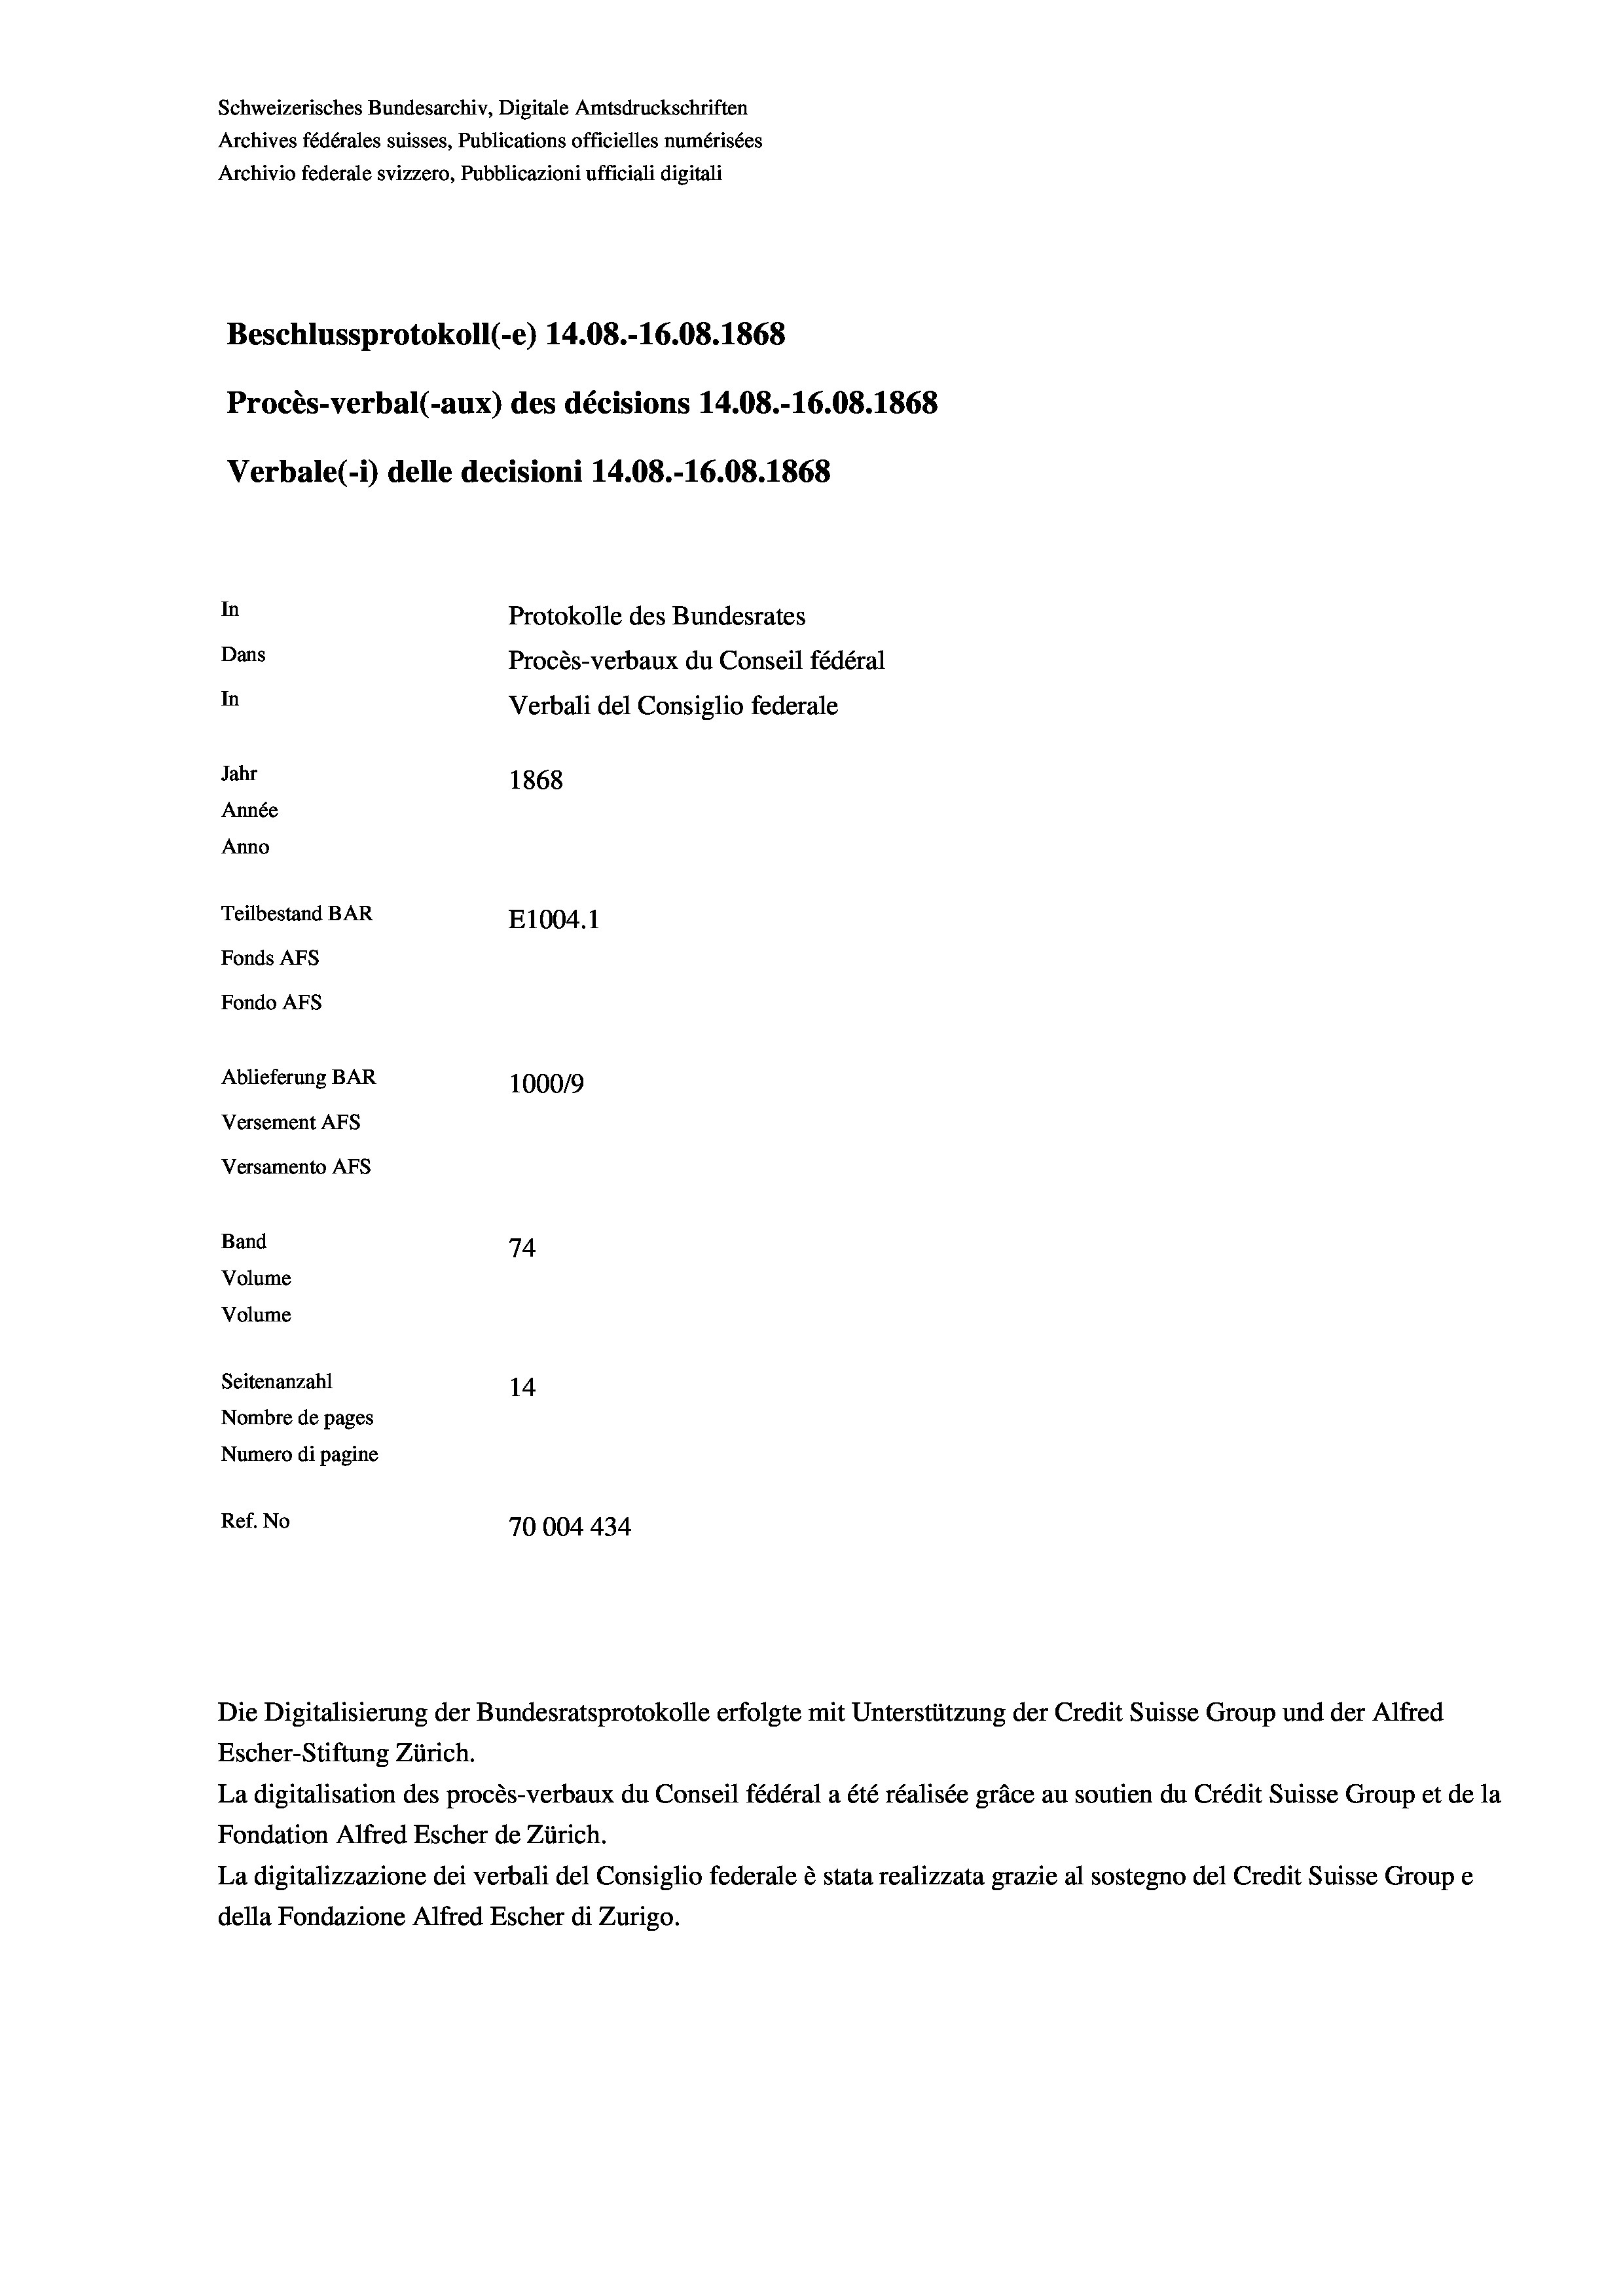
Schweizerisches Bundesarchiv, Digitale Amtsdruckschriften
Archives fédérales suisses, Publications officielles numérisées
Archivio federale svizzero, Pubblicazioni ufficiali digitali
Beschlussprotokoll (-e) 14.08.-16.08. 1868
Procès-verbal (-aux) des décisions 14.08.-16.08. 1868
Verbale(-*) delle decisioni 14.08.-16.08. 1868
In
Protokolle des Bundesrates
Dans
Procès-verbaux du Conseil fédéral
In
Verbali del Consiglio federale
Jahr
1868
Année
Anno
Teilbestand BAR
E1004. 1
Fonds AFs
Fondo AFS
Ablieferung BAR
100019
Versement AFs
Versamento AFs
Band
74
Volume
Volume
Seitenanzahl
14
Nombre de pages
Numero di pagine
Ref. No
70004434

Escher-Stiftung Zürich.
La digitalisation des procès-verbaux du Conseil fédéral a été réalisée gräce au soutien du Crédit Suisse Group et de la
Fondation Alfred Escher de Zürich.
La digitalizzazione dei verbali del Consiglio federale è stata realizzata grazie al sostegno del Credit Suisse Groupe
della Fondazione Alfred Escher di Zurigo.

Die Digitalisierung der Bundesratsprotokolle erfolgte mit Unterstützung der Credit Suisse Group und der Alfred